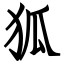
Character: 狐